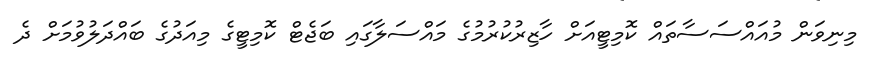
މިނިވަން މުއައްސަސާތައް ކޮމިޓީއަށް ހާޒިރުކުރުމުގެ މައްސަލާގައި ބަޖެޓް ކޮމިޓީގެ މިއަދުގެ ބައްދަލުވުމަށް ދެ